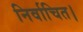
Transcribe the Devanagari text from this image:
निर्वाचित।